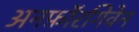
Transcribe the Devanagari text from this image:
अनफ़ॉरगिवेन